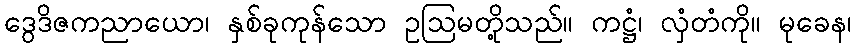
ဒွေဒိဇကညာယော၊ နှစ်ခုကုန်သော ဥဩမတို့သည်။ ကဋ္ဌံ၊ လှံတံကို။ မုခေန၊